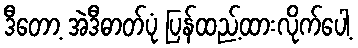
ဒီတော့ အဲဒီဓာတ်ပုံ ပြန်ထည့်ထားလိုက်ပေါ့